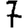
Digit: 7